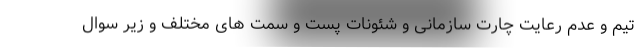
تیم و عدم رعایت چارت سازمانی و شئونات پست و سمت های مختلف و زیر سوال